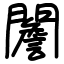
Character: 䦲